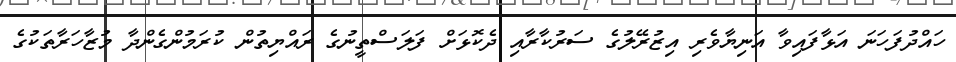
ހައްދުފަހަނަ އަޅާފައިވާ އަނިޔާވެރި އިޒުރޭލުގެ ސަރުކާރާއި ދެކޮޅަށް ފަލަސްތީނުގެ ރައްޔިތުން ކުރަމުންގެންދާ މުޒާހަރާތަކުގެ